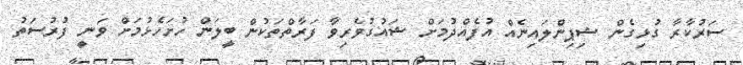
ސަރުކާރާ ގުޅިގެން ޝިޕިންލައިނެއް އުފެއްދުމަށް ޝައުގުވެރިވާ ފަރާތްތަކުން ބީލަން ހުށަހެޅުމަށް ވަނީ ފުރުސަތު